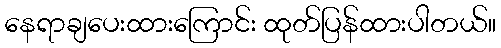
နေရာချပေးထားကြောင်း ထုတ်ပြန်ထားပါတယ်။